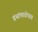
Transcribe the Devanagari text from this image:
ग्रंथांपाठोपाठ